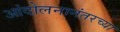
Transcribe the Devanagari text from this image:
आंदोलनानंतरच्या